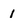
Character: 1